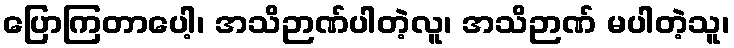
ပြောကြတာပေါ့၊ အသိဉာဏ်ပါတဲ့လူ၊ အသိဉာဏ် မပါတဲ့သူ၊